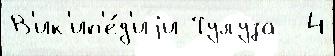
В'ик'ип'е́д'иjи Тулуза  4